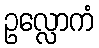
ဥလ္လောကံ